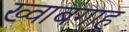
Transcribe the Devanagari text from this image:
ख्‍वाबगाह